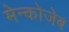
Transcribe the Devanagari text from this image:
मेन्कोजेब